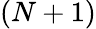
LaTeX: (N+1)